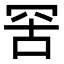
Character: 𦊙